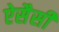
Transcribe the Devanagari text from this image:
ऐसैसी